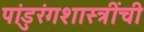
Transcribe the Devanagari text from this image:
पांडुरंगशास्त्रींची